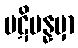
ပဋိပန္နမှာ